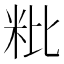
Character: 粃